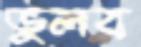
ভুলব